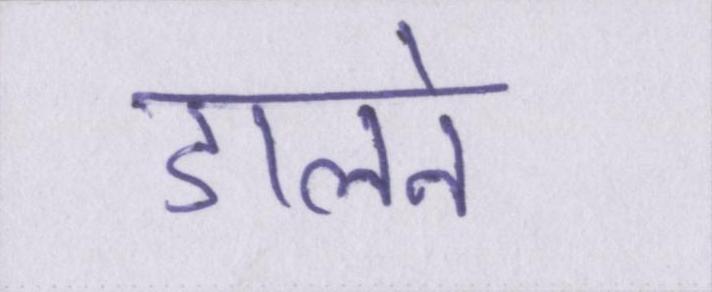
डालने